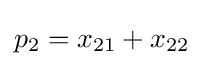
p_{2}=x_{21}+x_{22}